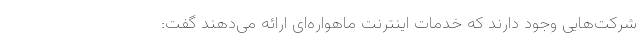
شرکت‌هایی وجود دارند که خدمات اینترنت ماهواره‌ای ارائه می‌دهند گفت: